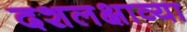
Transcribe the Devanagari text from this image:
दशलक्षाव्या